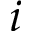
i